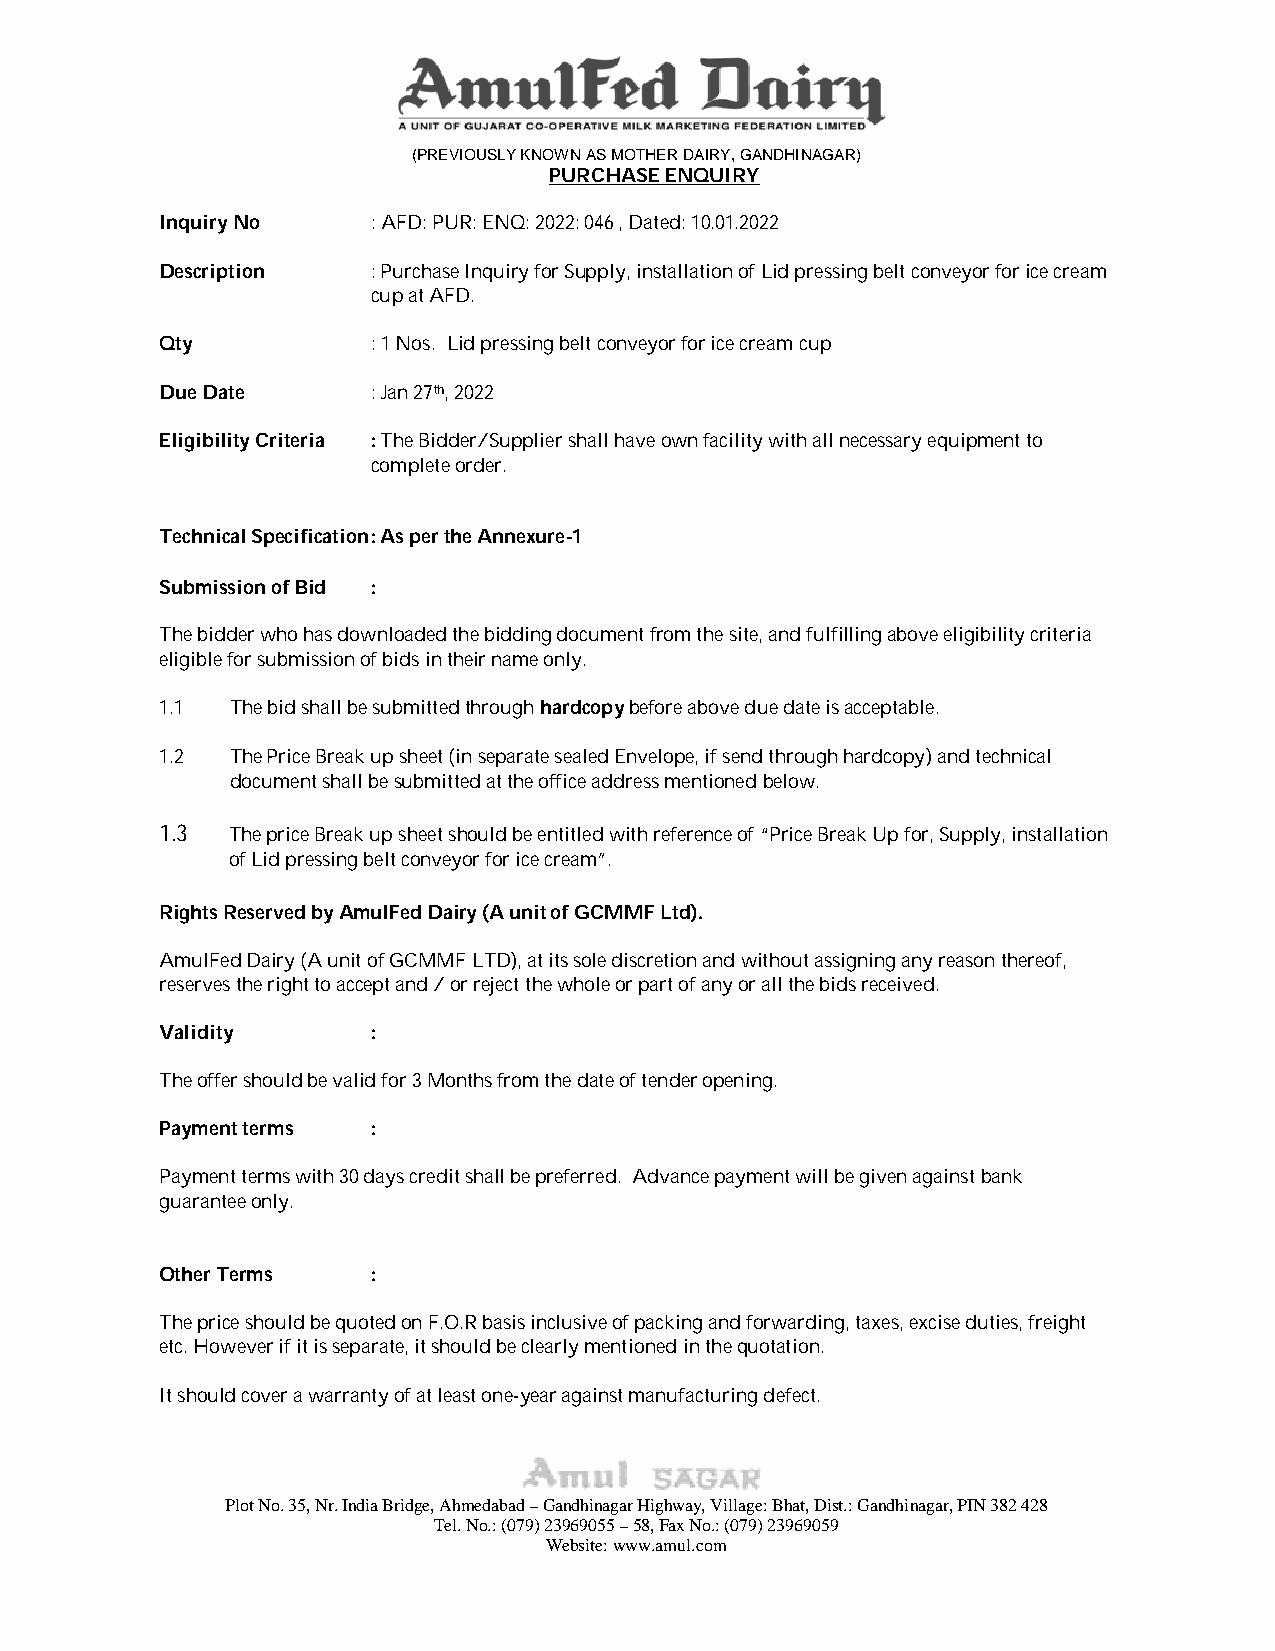
(PREVIOUSLY KNOWN AS MOTHER DAIRY, GANDHINAGAR)
 PURCHASE ENQUIRY
 Inquiry No    : AFD: PUR: ENQ: 2022: 046 , Dated: 10.01.2022
 Description   : Purchase Inquiry for Supply, installation of Lid pressing belt conveyor for ice cream
 cup at AFD.
 Qty           : 1 Nos. Lid pressing belt conveyor for ice cream cup
 Due Date      : Jan 27th, 2022
 Eligibility Criteria : The Bidder/Supplier shall have own facility with all necessary equipment to
 complete order.
 Technical Specification : As per the Annexure-1
 Submission of Bid :
 The bidder who has downloaded the bidding document from the site, and fulfilling above eligibility criteria
 eligible for submission of bids in their name only.
 1.1 The bid shall be submitted through hardcopy before above due date is acceptable.
 1.2 The Price Break up sheet (in separate sealed Envelope, if send through hardcopy) and technical
 document shall be submitted at the office address mentioned below.
 1.3 The price Break up sheet should be entitled with reference of “Price Break Up for, Supply, installation
 of Lid pressing belt conveyor for ice cream”.
 Rights Reserved by AmulFed Dairy (A unit of GCMMF Ltd).
 AmulFed Dairy (A unit of GCMMF LTD), at its sole discretion and without assigning any reason thereof,
 reserves the right to accept and / or reject the whole or part of any or all the bids received.
 Validity      :
 The offer should be valid for 3 Months from the date of tender opening.
 Payment terms :
 Payment terms with 30 days credit shall be preferred. Advance payment will be given against bank
 guarantee only.
 Other Terms   :
 The price should be quoted on F.O.R basis inclusive of packing and forwarding, taxes, excise duties, freight
 etc. However if it is separate, it should be clearly mentioned in the quotation.
 It should cover a warranty of at least one-year against manufacturing defect.
 Plot No. 35, Nr. India Bridge, Ahmedabad – Gandhinagar Highway, Village: Bhat, Dist.: Gandhinagar, PIN 382 428
 Tel. No.: (079) 23969055 – 58, Fax No.: (079) 23969059
 Website: www.amul.com